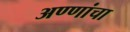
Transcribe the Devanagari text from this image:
अण्णांचा